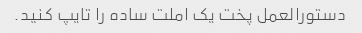
دستورالعمل پخت یک املت ساده را تایپ کنید.